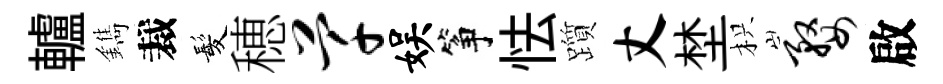
轤鐫裁髪穂芊娱筝怯躓丈埜枳婺啟